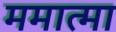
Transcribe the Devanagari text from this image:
ममात्मा